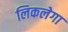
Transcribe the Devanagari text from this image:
लिकलेगा